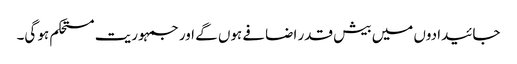
جائیدادوں میں بیش قدر اضافے ہوں گے اور جمہوریت مستحکم ہو گی۔